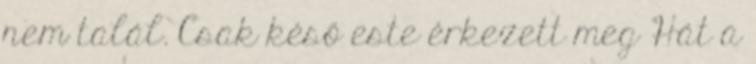
nem talál. Csak késő este érkezett meg Hát a